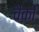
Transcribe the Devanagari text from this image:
चैकों